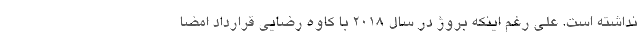
نداشته است. علی رغم اینکه بروژ در سال 2018 با کاوه رضایی قرارداد امضا